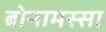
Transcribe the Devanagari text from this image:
बोनामस्सा